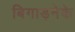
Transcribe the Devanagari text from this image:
बिगाड़नेके